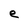
Character: e